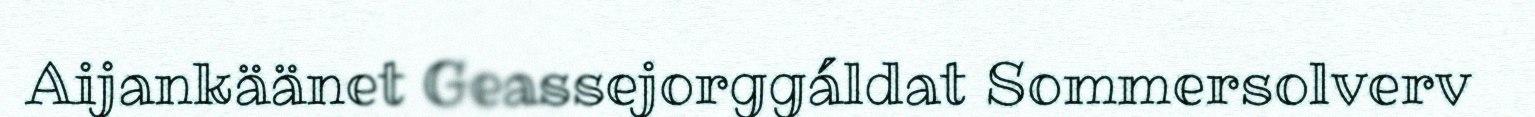
Aijankäänet Geassejorggáldat Sommersolverv